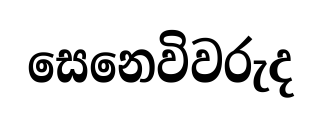
සෙනෙවිවරුද